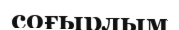
соғырлым